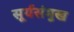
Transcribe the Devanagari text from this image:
सूर्यसंमुख